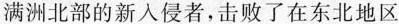
满洲北部的新人侵者，击败了在东北地区